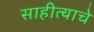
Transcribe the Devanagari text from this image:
साहीत्याचे